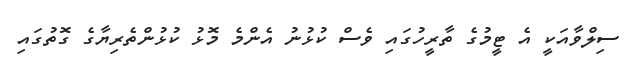
ސިލްވާއަކީ އެ ޓީމުގެ ތާރީހުގައި ވެސް ކުޅުނު އެންމެ މޮޅު ކުޅުންތެރިޔާގެ ގޮތުގައި